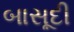
બાસૂદી